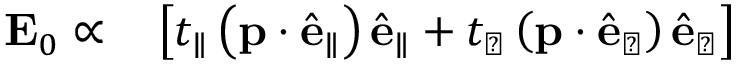
\begin{array} { r l } { \mathbf { E } _ { 0 } \propto } & { { } \left[ t _ { \parallel } \left( \mathbf { p } \cdot \hat { \mathbf { e } } _ { \parallel } \right) \hat { \mathbf { e } } _ { \parallel } + t _ { \perp } \left( \mathbf { p } \cdot \hat { \mathbf { e } } _ { \perp } \right) \hat { \mathbf { e } } _ { \perp } \right] } \end{array}